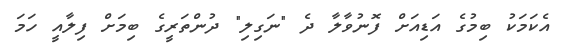
އެކަމަކު ބިމުގެ އަޑިއަށް ފޮނުވާލާ ދެ "ނަގިލި" ދުންތަރީގެ ބިމަށް ފިލާއީ ހަމަ